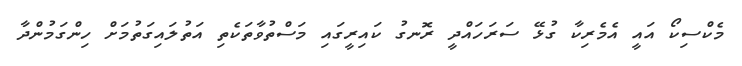
މެކްސިކޯ އައީ އެމެރިކާ ގުޅޭ ސަރަހައްދީ ރޮނގު ކައިރީގައި މަސްތުވާތަކެތި އަތުލައިގަތުމަށް ހިންގަމުންދާ